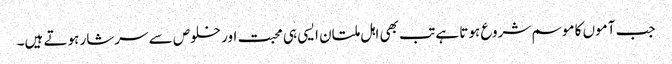
جب آموں کا موسم شروع ہوتا ہے تب بھی اہل ملتان ایسی ہی محبت اور خلوص سے سرشار ہوتے ہیں۔